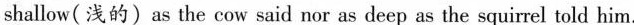
shallow(浅的)as the cow said nor as deep as the squirrel told him.